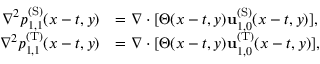
\begin{array} { r l } { \nabla ^ { 2 } p _ { 1 , 1 } ^ { \mathrm { ( S ) } } ( x - t , y ) } & { = \nabla \cdot [ \Theta ( x - t , y ) \mathbf { u } _ { 1 , 0 } ^ { \mathrm { ( S ) } } ( x - t , y ) ] , } \\ { \nabla ^ { 2 } p _ { 1 , 1 } ^ { \mathrm { ( T ) } } ( x - t , y ) } & { = \nabla \cdot [ \Theta ( x - t , y ) \mathbf { u } _ { 1 , 0 } ^ { \mathrm { ( T ) } } ( x - t , y ) ] , } \end{array}